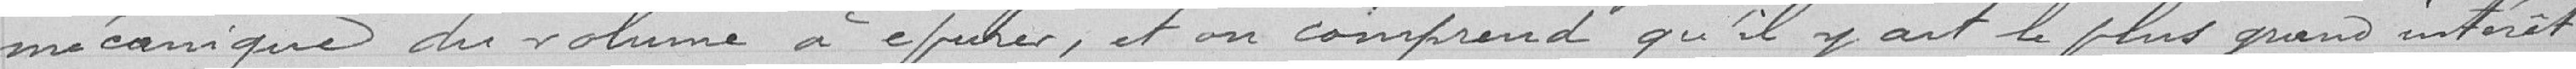
mécanique du volume à épurer, et on comprend qu'il y ait le plus grand intérêt